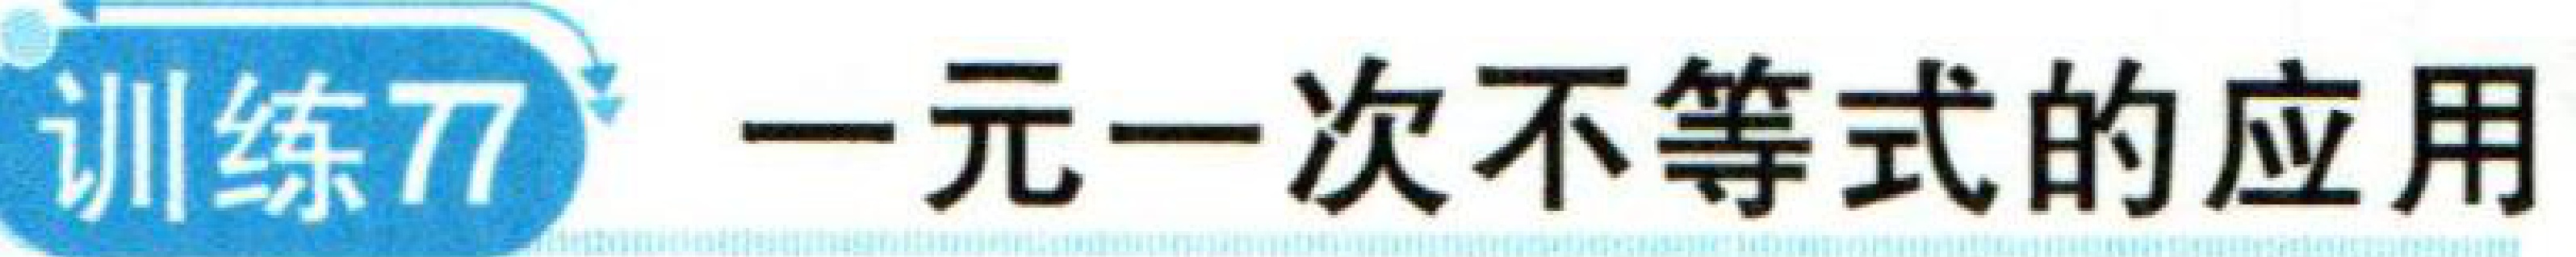
训练77 一元一次不等式的应用